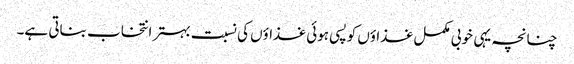
چنانچہ یہی خوبی مکمل غذاؤں کو پسی ہوئی غذاؤں کی نسبت بہتر انتخاب بناتی ہے۔